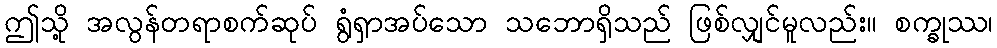
ဤသို့ အလွန်တရာစက်ဆုပ် ရွံရှာအပ်သော သဘောရှိသည် ဖြစ်လျှင်မူလည်း။ စက္ခုဿ၊